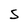
Character: 5